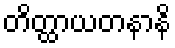
တိတ္ထာယတနာနိ